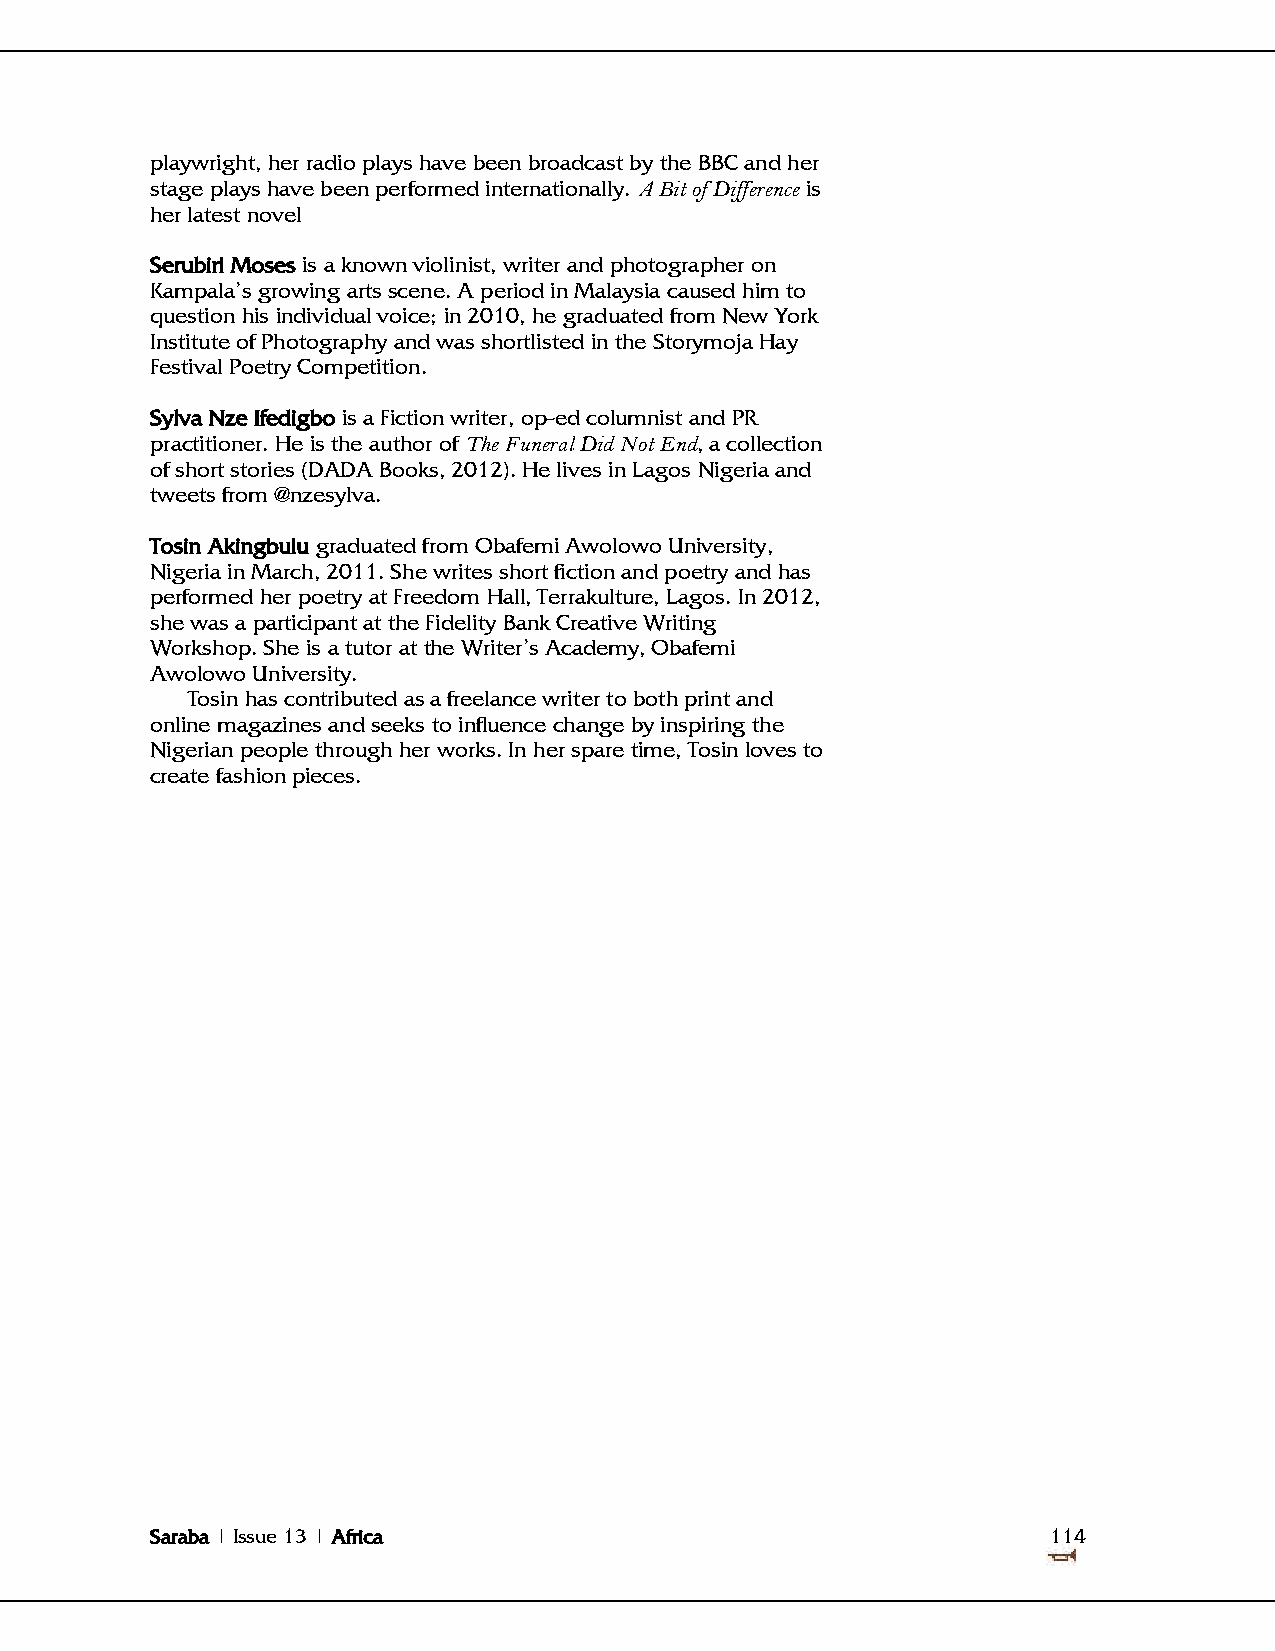
playwright, her radio plays have been broadcast by the BBC and her
 stage plays have been performed internationally. A Bit of Difference is
 her latest novel
 Serubiri Moses is a known violinist, writer and photographer on
 Kampala's growing arts scene. A period in Malaysia caused him to
 question his individual voice; in 2010, he graduated from New York
 Institute of Photography and was shortlisted in the Storymoja Hay
 Festival Poetry Competition.
 Sylva Nze Ifedigbo is a Fiction writer, op-ed columnist and PR
 practitioner. He is the author of The Funeral Did Not End, a collection
 of short stories (DADA Books, 2012). He lives in Lagos Nigeria and
 tweets from @nzesylva.
 Tosin Akingbulu graduated from Obafemi Awolowo University,
 Nigeria in March, 2011. She writes short fiction and poetry and has
 performed her poetry at Freedom Hall, Terrakulture, Lagos. In 2012,
 she was a participant at the Fidelity Bank Creative Writing
 Workshop. She is a tutor at the Writer‘s Academy, Obafemi
 Awolowo University.
 Tosin has contributed as a freelance writer to both print and
 online magazines and seeks to influence change by inspiring the
 Nigerian people through her works. In her spare time, Tosin loves to
 create fashion pieces.
 Saraba | Issue 13 | Africa                                  114